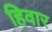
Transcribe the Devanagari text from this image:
हिवार